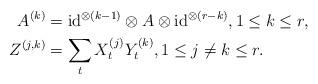
LaTeX: \begin{align*}A^{(k)}&={\rm id}^{\otimes (k-1)}\otimes A\otimes {\rm id}^{\otimes(r-k)},1\leq k\leq r,\\Z^{(j,k)}&=\sum_{t}X_{t}^{(j)}Y_{t}^{(k)}, 1\leq j\neq k\leq r.\end{align*}